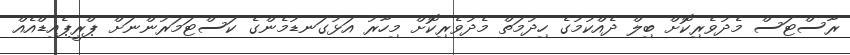
ރާސްޓަސް މެދުވެރިކޮށް ބިލް ދެއްކުމުގެ ހިދުމަތް މެދުވެރިކޮށް މިހާރު އަޅުގަނޑުމެންގެ ކަސްޓަމަރުންނަށް ޕްރީޕެއިޑްއެއް